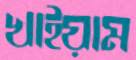
খাইয়াম